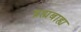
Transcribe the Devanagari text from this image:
ब्रह्मबाह्य